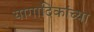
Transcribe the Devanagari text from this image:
यागादिकांच्या